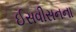
ઈસવીસનના